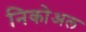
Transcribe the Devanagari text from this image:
निकोअल